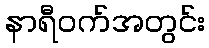
နာရီဝက်အတွင်း